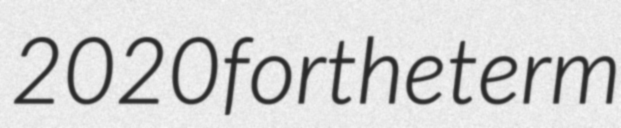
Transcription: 2020 for the term